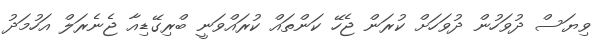
ވިޔަސް ދުވަހުން ދުވަހަށް ކުރަން ޖެހޭ ކަންތައް ކުރައްވަނީ ބްރިގޭޑިއާ ޖެނެރަލް އަހުމަދު